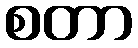
စတာ